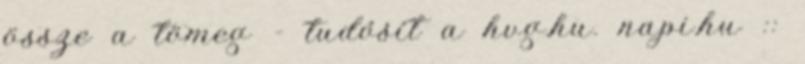
össze a tömeg - tudósít a hvg.hu. napi.hu ::